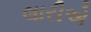
લારીએ